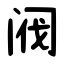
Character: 阀